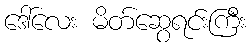
ဒေါ်လေး မိတ်ဆွေရင်းကြီး